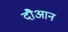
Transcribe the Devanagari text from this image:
दौआन